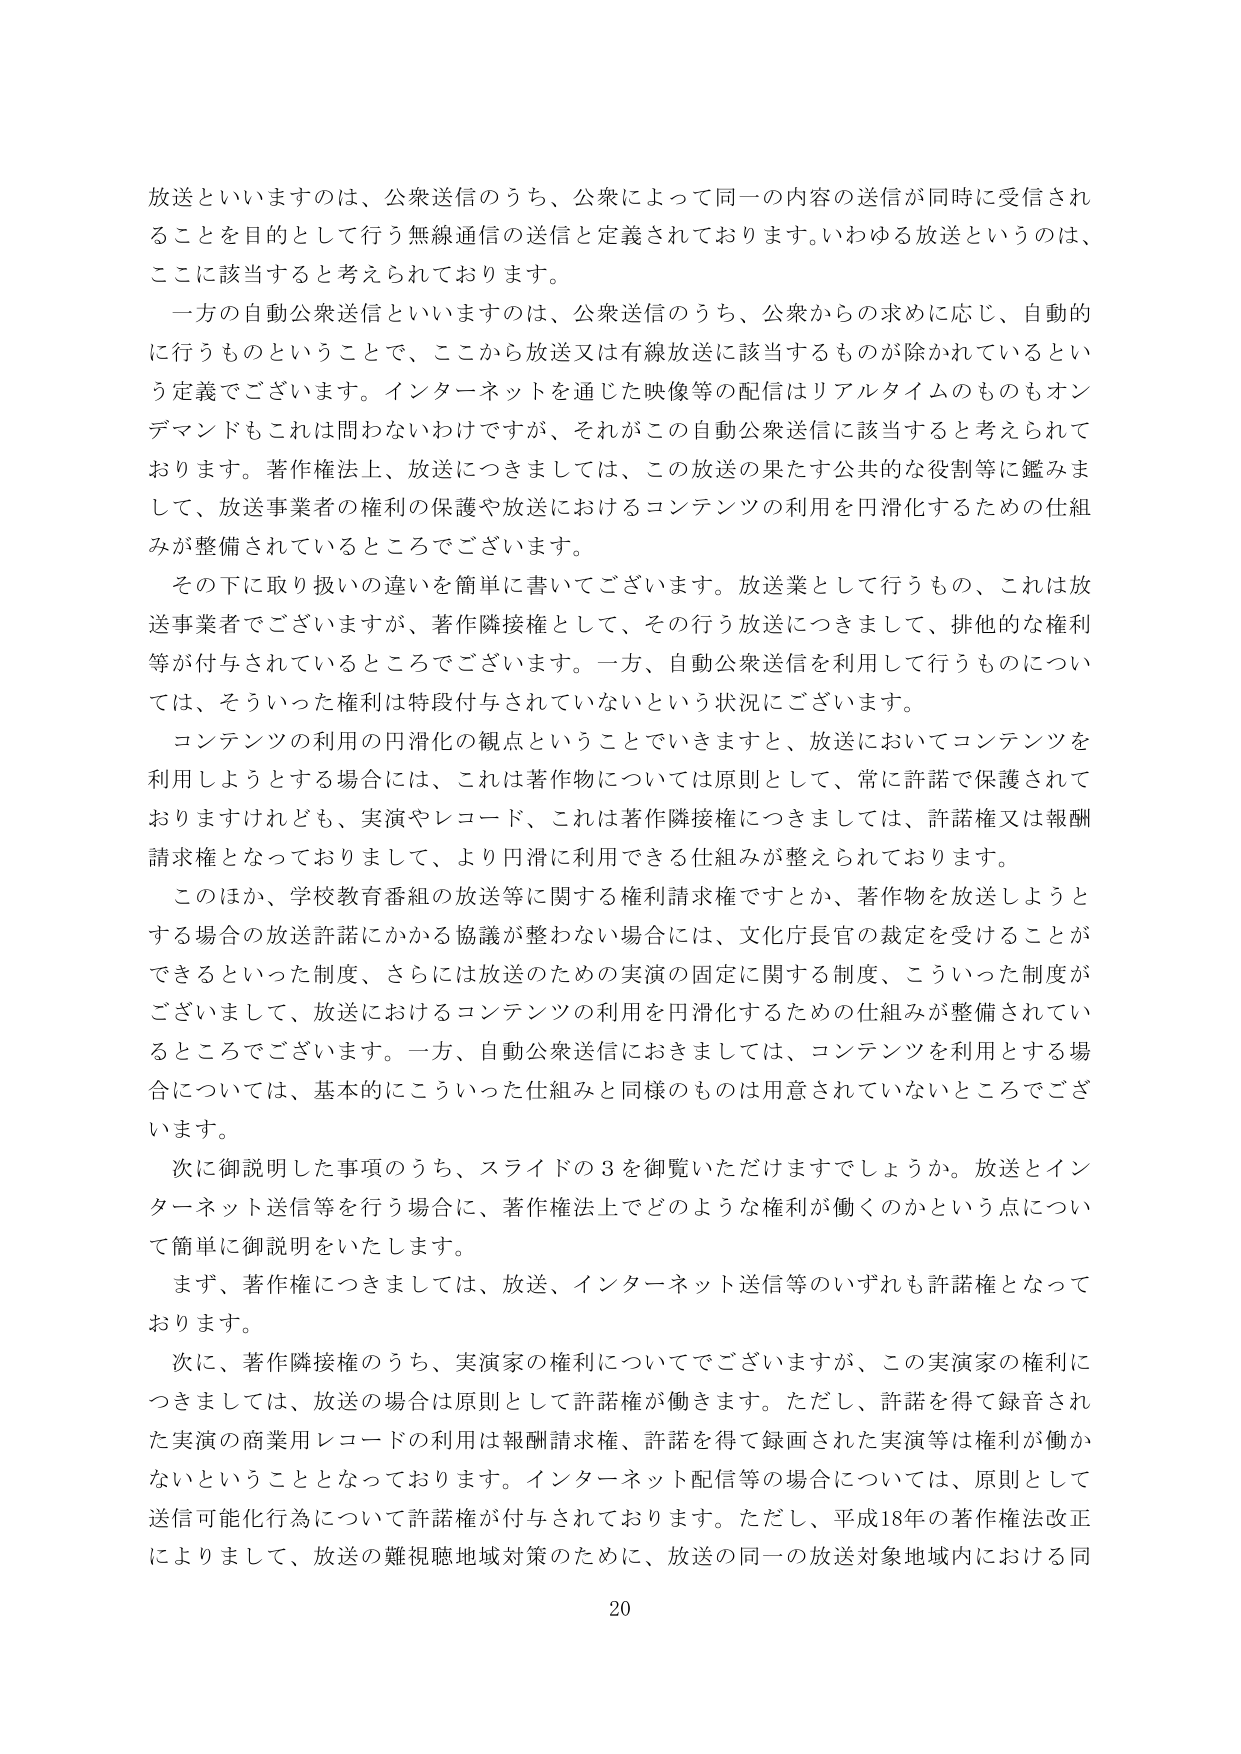
放送といいますのは、公衆送信のうち、公衆によって同一の内容の送信が同時に受信されることを目的として行う無線通信の送信と定義されております。いわゆる放送というのは、ここに該当すると考えられております。

一方の自動公衆送信といいますのは、公衆送信のうち、公衆からの求めに応じ、自動的に行うものということで、ここから放送又は有線放送に該当するものが除かれているという定義でございます。インターネットを通じた映像等の配信はリアルタイムのものもオンデマンドもこれは問わないわけですが、それがこの自動公衆送信に該当すると考えられております。著作権法上、放送につきましては、この放送の果たす公共的な役割等に鑑みまして、放送事業者の権利の保護や放送におけるコンテンツの利用を円滑化するための仕組みが整備されているところでございます。

その下に取り扱いの違いを簡単に書いてございます。放送業として行うもの、これは放送事業者でございますが、著作隣接権として、その行う放送につきまして、排他的な権利等が付与されているところでございます。一方、自動公衆送信を利用して行うものについては、そういった権利は特段付与されていないという状況にございます。

コンテンツの利用の円滑化の観点ということでいきますと、放送においてコンテンツを利用しようとする場合には、これは著作物については原則として、常に許諾で保護されておりますけれども、実演やレコード、これは著作隣接権につきましては、許諾権又は報酬請求権となっておりまして、より円滑に利用できる仕組みが整えられております。

このほか、学校教育番組の放送等に関する権利請求権ですとか、著作物を放送しようとする場合の放送許諾にかかる協議が整わない場合には、文化庁長官の裁定を受けることができるといった制度、さらには放送のための実演の固定に関する制度、こういった制度がございまして、放送におけるコンテンツの利用を円滑化するための仕組みが整備されているところでございます。一方、自動公衆送信におきましては、コンテンツを利用とする場合については、基本的にこういった仕組みと同様のものは用意されていないところでございます。

次に御説明した事項のうち、スライドの3を御覧いただけますでしょうか。放送とインターネット送信等を行う場合に、著作権法上でどのような権利が働くのかという点について簡単に御説明をいたします。

まず、著作権につきましては、放送、インターネット送信等のいずれも許諾権となっております。

次に、著作隣接権のうち、実演家の権利についてでございますが、この実演家の権利につきましては、放送の場合は原則として許諾権が働きます。ただし、許諾を得て録音された実演の商業用レコードの利用は報酬請求権、許諾を得て録画された実演等は権利が働かないということとなっております。インターネット配信等の場合については、原則として送信可能化行為について許諾権が付与されております。ただし、平成18年の著作権法改正によりまして、放送の難視聴地域対策のために、放送の同一の放送対象地域内における同

20